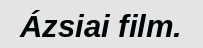
Ázsiai film.